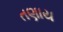
તણાય